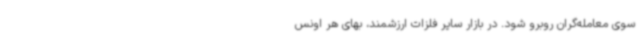
سوی معامله‌گران روبرو شود. در بازار سایر فلزات ارزشمند، بهای هر اونس